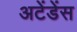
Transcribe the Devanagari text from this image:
अटेंडेंस